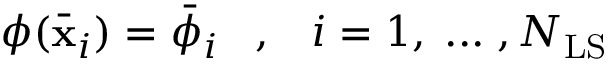
\phi ( \bar { \mathbf { x } } _ { i } ) = \bar { \phi } _ { i } \; \; \; , \; \; \; i = 1 , \; . . . \; , N _ { \mathrm { L S } }